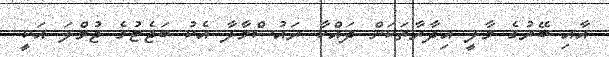
އާއި ބޭރުގެ މާލީ އިދާރާތަކަށް ދައްކާ ރައުސްމާލާ އެކު ބަޖެޓުގެ ޖުމްލަ އަކީ